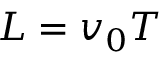
L = v _ { 0 } T